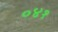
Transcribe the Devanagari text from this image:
०४१